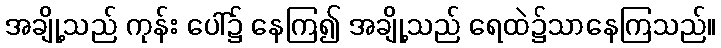
အချို့သည် ကုန်း ပေါ်၌ နေကြ၍ အချို့သည် ရေထဲ၌သာနေကြသည်။